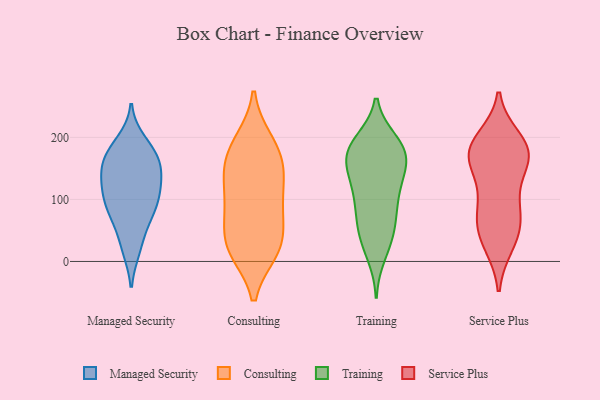
{"axis": {"x": "Budget (USD K)", "y": "Value"}, "legend": ["Consulting", "Managed Security", "Service Plus", "Training"], "data": [{"x": "", "y": 124, "type": "Managed Security"}, {"x": "", "y": 81, "type": "Managed Security"}, {"x": "", "y": 125, "type": "Managed Security"}, {"x": "", "y": 70, "type": "Managed Security"}, {"x": "", "y": 170, "type": "Managed Security"}, {"x": "", "y": 144, "type": "Managed Security"}, {"x": "", "y": 26, "type": "Managed Security"}, {"x": "", "y": 88, "type": "Managed Security"}, {"x": "", "y": 178, "type": "Managed Security"}, {"x": "", "y": 111, "type": "Managed Security"}, {"x": "", "y": 192, "type": "Managed Security"}, {"x": "", "y": 79, "type": "Managed Security"}, {"x": "", "y": 160, "type": "Managed Security"}, {"x": "", "y": 21, "type": "Managed Security"}, {"x": "", "y": 171, "type": "Managed Security"}, {"x": "", "y": 149, "type": "Managed Security"}, {"x": "", "y": 111, "type": "Managed Security"}, {"x": "", "y": 143, "type": "Consulting"}, {"x": "", "y": 17, "type": "Consulting"}, {"x": "", "y": 191, "type": "Consulting"}, {"x": "", "y": 137, "type": "Consulting"}, {"x": "", "y": 81, "type": "Consulting"}, {"x": "", "y": 88, "type": "Consulting"}, {"x": "", "y": 81, "type": "Consulting"}, {"x": "", "y": 123, "type": "Consulting"}, {"x": "", "y": 172, "type": "Consulting"}, {"x": "", "y": 21, "type": "Consulting"}, {"x": "", "y": 24, "type": "Consulting"}, {"x": "", "y": 194, "type": "Consulting"}, {"x": "", "y": 17, "type": "Consulting"}, {"x": "", "y": 157, "type": "Consulting"}, {"x": "", "y": 48, "type": "Consulting"}, {"x": "", "y": 48, "type": "Training"}, {"x": "", "y": 126, "type": "Training"}, {"x": "", "y": 170, "type": "Training"}, {"x": "", "y": 166, "type": "Training"}, {"x": "", "y": 86, "type": "Training"}, {"x": "", "y": 178, "type": "Training"}, {"x": "", "y": 33, "type": "Training"}, {"x": "", "y": 11, "type": "Training"}, {"x": "", "y": 174, "type": "Training"}, {"x": "", "y": 80, "type": "Training"}, {"x": "", "y": 189, "type": "Training"}, {"x": "", "y": 193, "type": "Training"}, {"x": "", "y": 113, "type": "Training"}, {"x": "", "y": 188, "type": "Training"}, {"x": "", "y": 160, "type": "Training"}, {"x": "", "y": 134, "type": "Training"}, {"x": "", "y": 43, "type": "Training"}, {"x": "", "y": 135, "type": "Training"}, {"x": "", "y": 80, "type": "Training"}, {"x": "", "y": 67, "type": "Service Plus"}, {"x": "", "y": 164, "type": "Service Plus"}, {"x": "", "y": 181, "type": "Service Plus"}, {"x": "", "y": 55, "type": "Service Plus"}, {"x": "", "y": 31, "type": "Service Plus"}, {"x": "", "y": 101, "type": "Service Plus"}, {"x": "", "y": 65, "type": "Service Plus"}, {"x": "", "y": 197, "type": "Service Plus"}, {"x": "", "y": 28, "type": "Service Plus"}, {"x": "", "y": 180, "type": "Service Plus"}, {"x": "", "y": 100, "type": "Service Plus"}, {"x": "", "y": 154, "type": "Service Plus"}, {"x": "", "y": 159, "type": "Service Plus"}, {"x": "", "y": 182, "type": "Service Plus"}, {"x": "", "y": 181, "type": "Service Plus"}]}